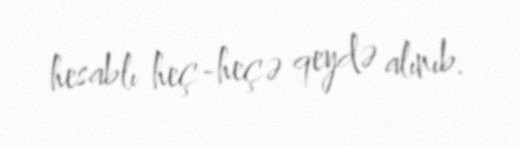
hesablı heç-heçə qeydə alınıb.